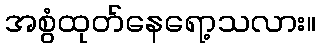
အစွံထုတ်နေရော့သလား။